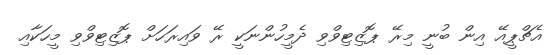
އެޗްޕީއޭ އިން ބުނީ މިރޭ ޕޮޒިޓިވްވި ދެމީހުންނަކީ ރޭ ވައިރަހަށް ޕޮޒިޓިވްވި މީހަކާއި